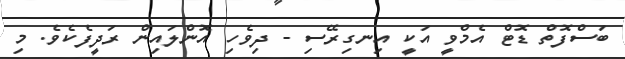
ބަސްފޮތް ޑޮޓް އެމްވީ އަކީ އިނގިރޭސި - ދިވެހި އޮންލައިން ރަދީފެކެވެ. މި